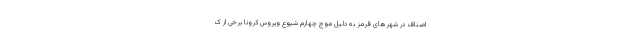
اصناف در شهرهای قرمز به دلیل موج چهارم شیوع ویروس کرونا برخی از ک